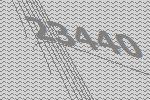
23440